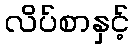
လိပ်စာနှင့်